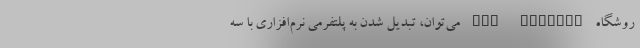
روشگاه App Gallery می‌توان، تبدیل شدن به پلتفرمی نرم‌افزاری با سه